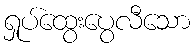
ရှုပ်ထွေးပွေလီသော